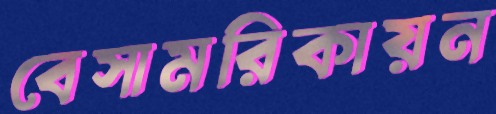
বেসামরিকায়ন